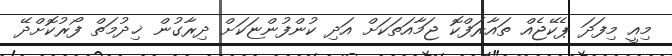
މިއީ މިފަދަ ޕެކޭޖެއް ތައާރަފްކޮ ޖަމާއަތަކަށް އަދި ކުންފުންޏަކަށް ދިރާގުން ޚިދުމަތް ފޯރުކޮށްދޭ